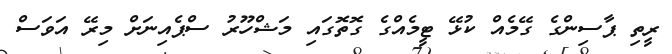
ރީތި ޕާސިންގެ ގޭމެއް ކުޅޭ ޓީމެއްގެ ގޮތޮގައި މަޝްހޫރު ސްޕެއިނަށް މިރޭ އަވަސް